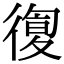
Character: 𢕛